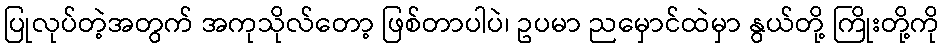
ပြုလုပ်တဲ့အတွက် အကုသိုလ်တော့ ဖြစ်တာပါပဲ၊ ဥပမာ ညမှောင်ထဲမှာ နွယ်တို့ ကြိုးတို့ကို